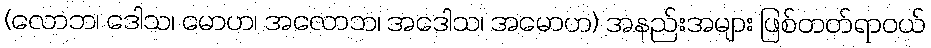
(လောဘ၊ ဒေါသ၊ မောဟ၊ အလောဘ၊ အဒေါသ၊ အမောဟ) အနည်းအများ ဖြစ်တတ်ရာဝယ်